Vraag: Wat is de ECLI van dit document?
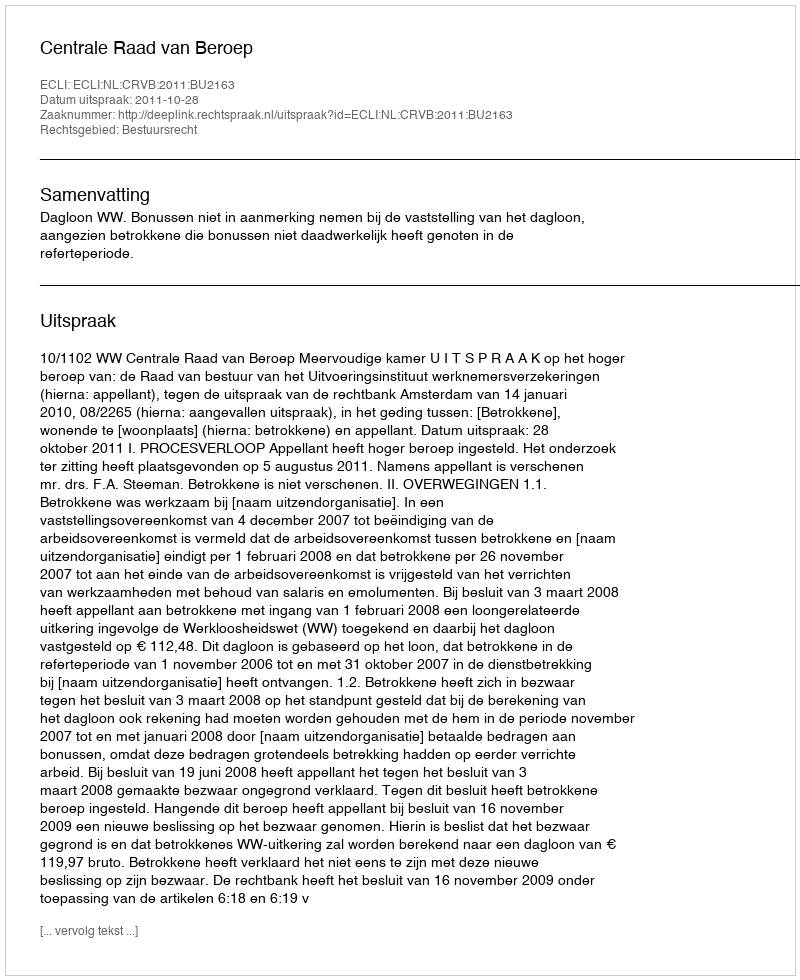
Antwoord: ECLI:NL:CRVB:2011:BU2163